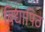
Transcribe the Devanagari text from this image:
बिद्यापिठ